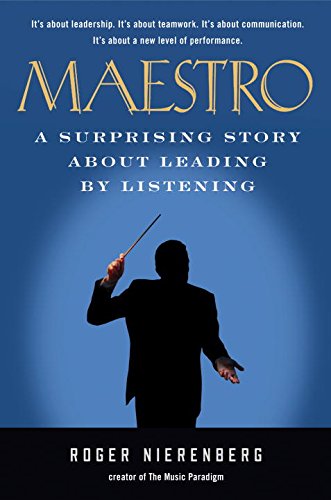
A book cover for Maestro: A Surprising Story About Leading by Listening; Roger Nierenberg; Biographies & Memoirs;